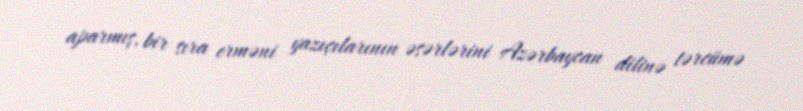
aparmış, bir sıra erməni yazıçılarının əsərlərini Azərbaycan dilinə tərcümə